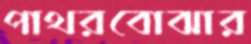
পাথরবোঝার